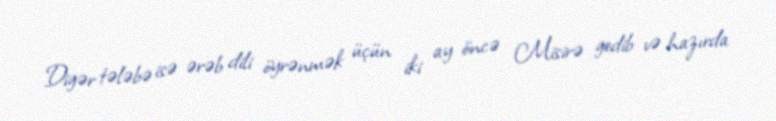
Digər tələbə isə ərəb dili öyrənmək üçün iki ay öncə Misirə gedib və hazırda